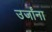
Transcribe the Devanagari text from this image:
उर्जांना